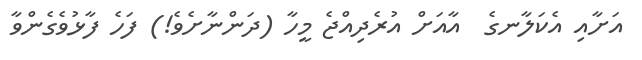
އަށާއި އެކަލާނގެ  އާއަށް އުރެދިއްޖެ މީހާ (ދަންނާށެވެ!) ފަހެ ފާޅުވެގެންވާ